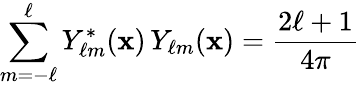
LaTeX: \sum_{m=-\ell}^{\ell}Y_{\ell m}^{*}(\mathbf{x})\, Y_{\ell m}(\mathbf{x})={\frac{2\ell+1}{4\pi}}